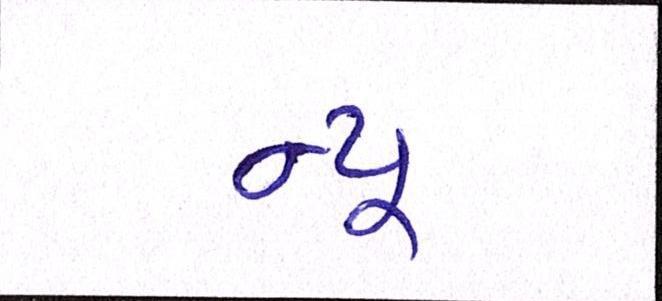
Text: ન્યૂ